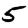
Digit: 5